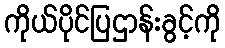
ကိုယ်ပိုင်ပြဌာန်းခွင့်ကို